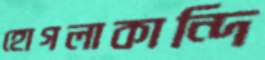
হোগলাকান্দি